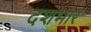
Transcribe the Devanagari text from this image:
दशभार